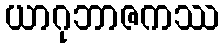
ယာဂုဘာဇကဿ